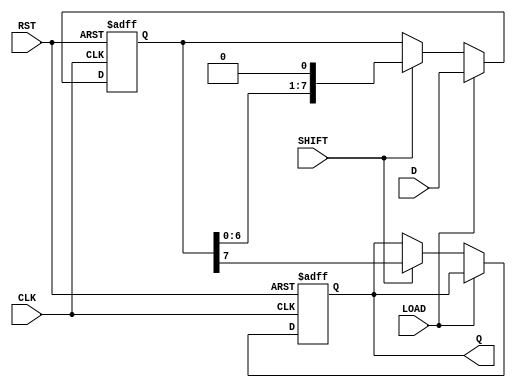
module PISO_Register #(
    parameter N = 8  // Parameter for the width of the register
)(
    input wire [N-1:0] D,    // Parallel Data Input
    input wire LOAD,          // Load Control Signal
    input wire SHIFT,         // Shift Control Signal
    input wire CLK,           // Clock Signal
    input wire RST,           // Asynchronous Reset Signal
    output reg Q              // Serial Output
);

    reg [N-1:0] shift_reg;    // Internal shift register

    // Asynchronous Reset and Load/Shift Logic
    always @(posedge CLK or posedge RST) begin
        if (RST) begin
            shift_reg <= {N{1'b0}}; // Clear the register
            Q <= 1'b0;              // Clear the output
        end else begin
            if (LOAD) begin
                shift_reg <= D;     // Load parallel data into the register
            end else if (SHIFT) begin
                Q <= shift_reg[N-1]; // Shift out the MSB
                shift_reg <= {shift_reg[N-2:0], 1'b0}; // Shift left
            end
        end
    end

endmodule